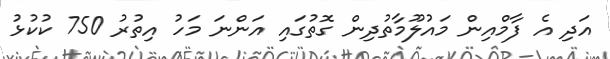
އަދި އެ ފާމްއިން މައުލޫމާތުދިން ގޮތުގައި އަންނަ މަހު އިތުރު 750 ކުކުޅު